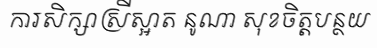
ការសិក្សាស្រីស្អាត នូណា សុខចិត្តបន្ថយ